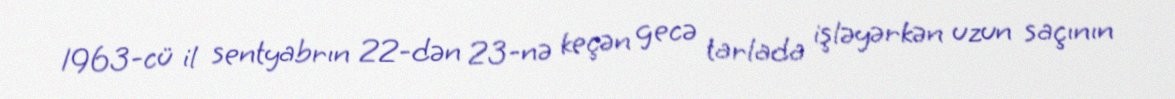
1963-cü il sentyabrın 22-dən 23-nə keçən gecə tarlada işləyərkən uzun saçının